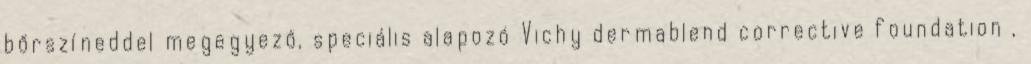
bőrszíneddel megegyező, speciális alapozó Vichy dermablend corrective foundation ,